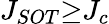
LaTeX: J_{{SOT}}{\ge}J_{c}